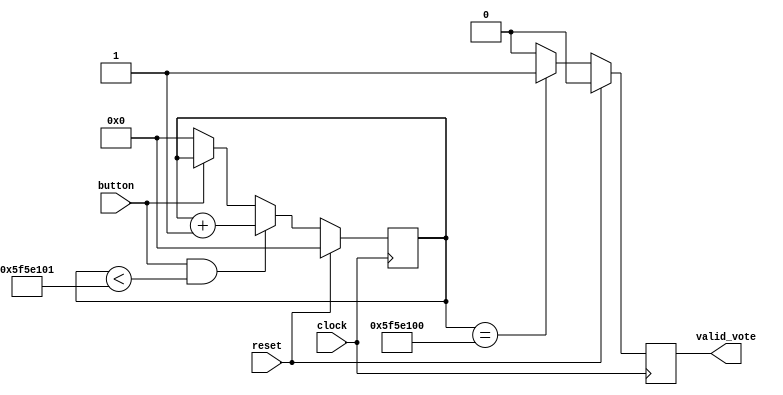
`timescale 1ns / 1ps
//////////////////////////////////////////////////////////////////////////////////
// Company: 
// Engineer: 
// 
// Design Name: 
// Module Name: buttonControl
// Project Name: 
// Target Devices: 
// Tool Versions: 
// Description: 
// 
// Dependencies: 
// 
// Revision:
// Revision 0.01 - File Created
// Additional Comments:
// 
//////////////////////////////////////////////////////////////////////////////////


module buttonControl(
input clock,
input reset,
input button,
output reg valid_vote
);

reg [30:0] counter;

//1 sec / 10ms = 100000000

always @(posedge clock)
begin
    if(reset)
        counter <= 0;
    else
    begin
        if(button & counter < 100000001)
            counter <= counter + 1;
        else if(!button)
            counter <= 0;
    end
end


always @(posedge clock)
begin
    if(reset)
        valid_vote <= 1'b0;
    else
    begin
        if(counter == 100000000)
            valid_vote <= 1'b1;
        else
            valid_vote <= 1'b0;
    end
end

endmodule